Vaccination report Assam 1896-1927 - 1896-1927
Year: 1896
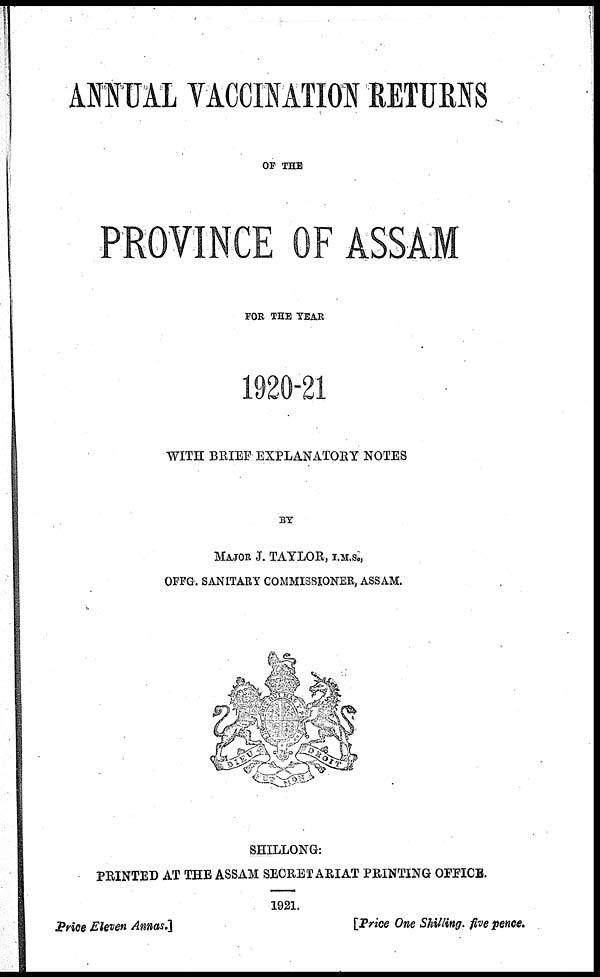
ANNUAL VACCINATION RETURNS
OF THE
PROVINCE OF ASSAM
FOR THE YEAR
1920-21
WITH BRIEF EXPLANATORY NOTES
BY
MAJOR J. TAYLOR, I.M.S.,
OFFG. SANITARY COMMISSIONER, ASSAM.
SHILLONG:
PRINTED AT THE ASSAM SECRETARIAT PRINTING OFFICE.
1921.
Price Eleven Annas.]
[Price One Shilling. five pence.